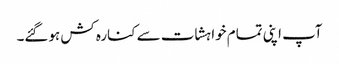
آپ اپنی تمام خواہشات سے کنارہ کش ہوگئے۔